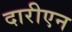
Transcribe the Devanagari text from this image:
दारीएन